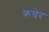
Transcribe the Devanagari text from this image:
कचेर